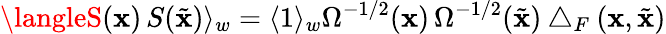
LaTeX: \langleS(\mathbf{x})\, S(\tilde{{\mathbf{x}}})\rangle_{w}=\langle1\rangle_{w}\Omega^{-1/2}(\mathbf{x})\, \Omega^{-1/2}(\tilde{{\mathbf{x}}})\bigtriangleup_{F}(\mathbf{x},\tilde{{\mathbf{x}}})